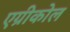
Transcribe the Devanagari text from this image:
एग्रीकोल